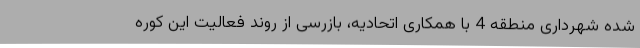
شده شهرداری منطقه 4 با همکاری اتحادیه، بازرسی از روند فعالیت این کوره